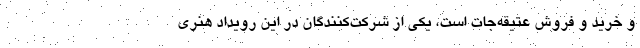
و خرید و فروش عتیقه‌جات است، یکی از شرکت‌کنندگان در این رویداد هنری